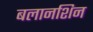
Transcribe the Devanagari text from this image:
बलानशिन